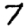
Digit: 7